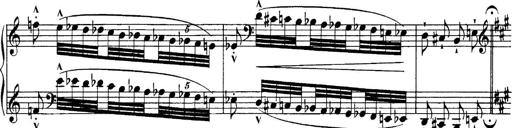
Title: Sonatina No.6
Composer: Ferruccio Busoni